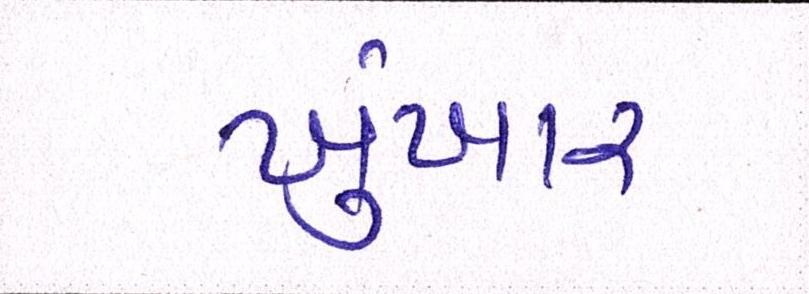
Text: ખુંખાર